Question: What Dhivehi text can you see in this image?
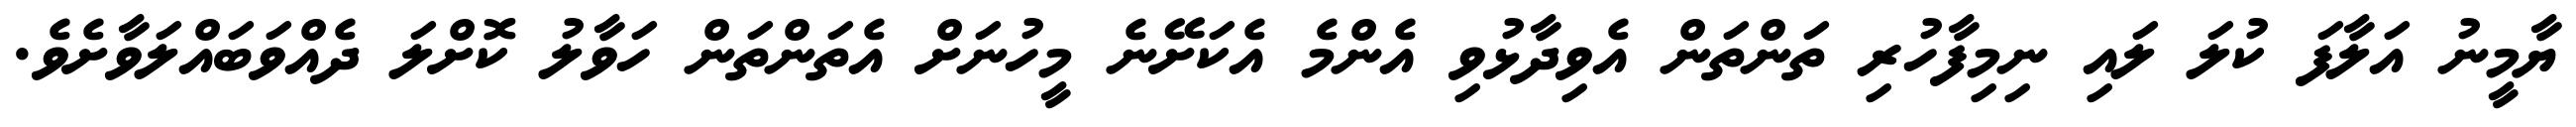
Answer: ޔާމީނު އަލާފަ ކުލަ ލައި ނިމިފާހުރި ތަންތަން އެވިދާޅުވި އެންމެ އެކަށޭނެ މީހުނަށް އެތަންތަން ހަވާލު ކޮށްލަ ދެއްވަބައްލަވާށެވެ.